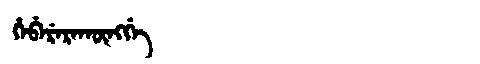
Manchu: ᡥᡝᠪᡝᡵᡝᡵᠠᡴᡡᠩᡤᡝ
Romanization: HEBERERAKŪNGGE